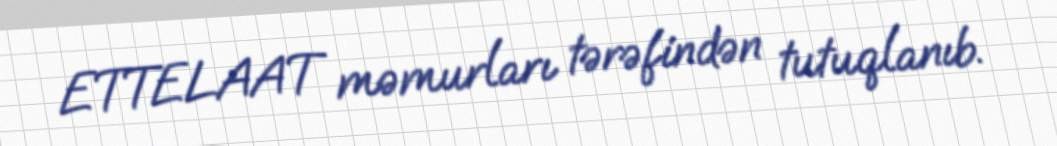
ETTELAAT məmurları tərəfindən tutuqlanıb.